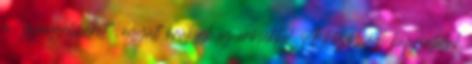
a "gyengébbeket", együtt örülünk az erősekkel. A közösségi kapcsolatok